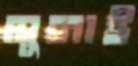
সুনাই